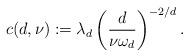
LaTeX: \begin{align*} c(d,\nu):=\lambda_d \left(\frac{d}{\nu \omega_d}\right)^{-2/d}.\end{align*}